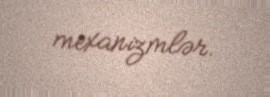
mexanizmlər.